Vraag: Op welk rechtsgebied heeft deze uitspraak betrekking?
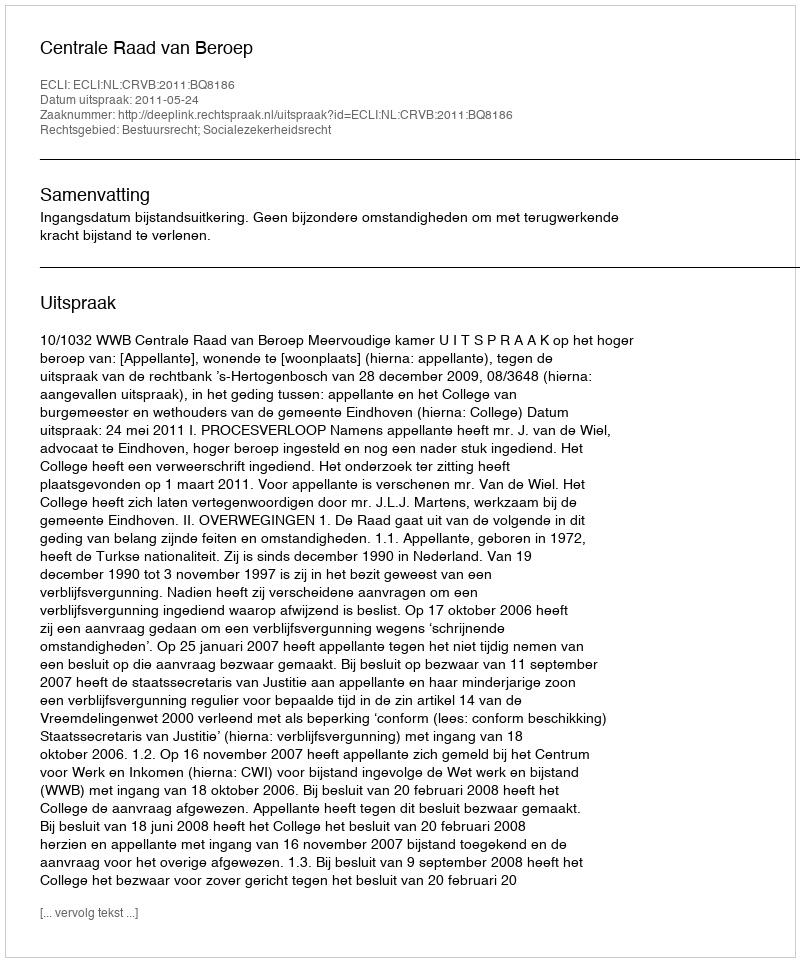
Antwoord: Bestuursrecht; Socialezekerheidsrecht